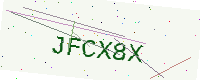
Text: JFCX8X